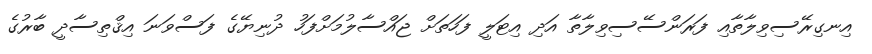
އިނގިރޭސިވިލާތާއި ފަރަންސޭސިވިލާތާ އަދި އިޓަލީ ފަހަތަށް ޖައްސާލުމަށްފަހު ދުނިޔޭގެ ފަސްވަނަ އިޤްތިސާދީ ބާރުގެ